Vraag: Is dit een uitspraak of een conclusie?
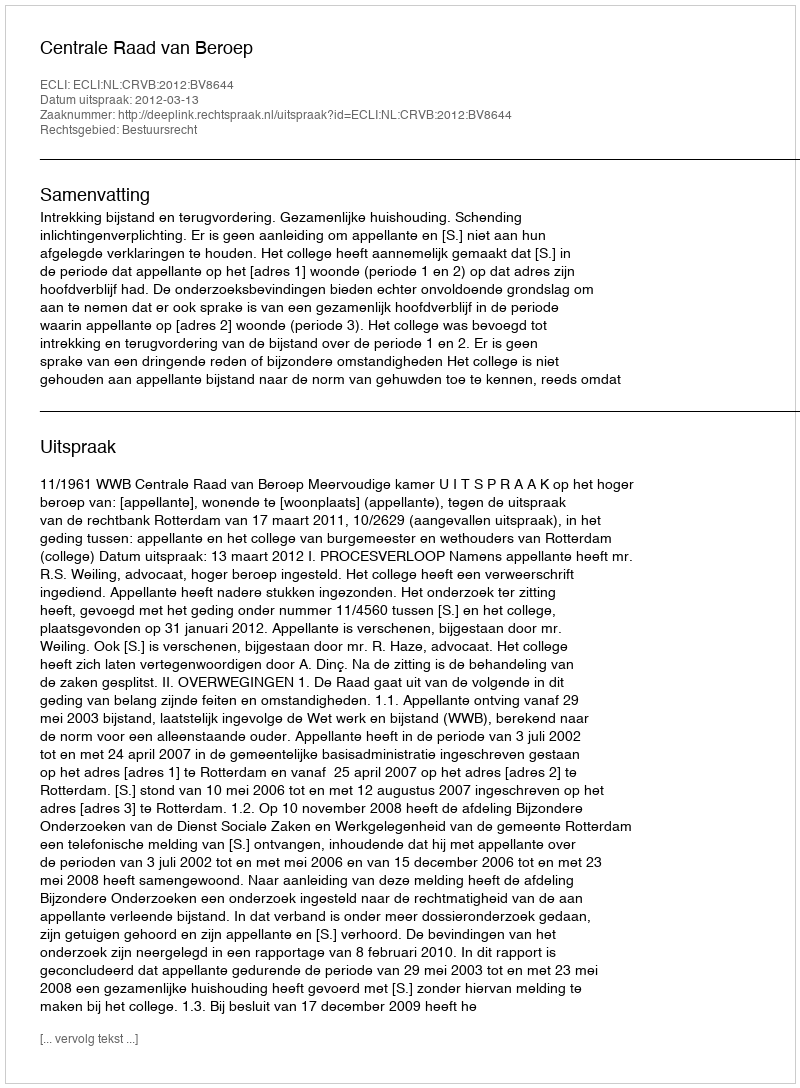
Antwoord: Uitspraak